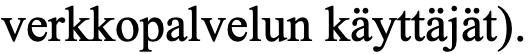
verkkopalvelun käyttäjät).